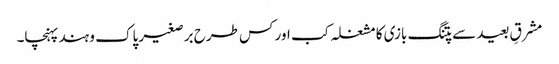
مشرقِ بعید سے پتنگ بازی کا مشغلہ کب اور کس طرح برصغیر پاک و ہند پہنچا۔